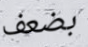
بضعف